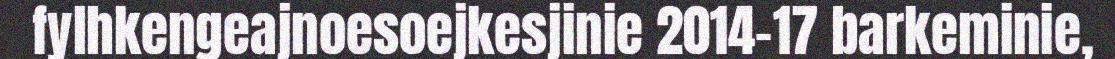
fylhkengeajnoesoejkesjinie 2014-17 barkeminie,